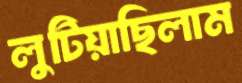
লুটিয়াছিলাম